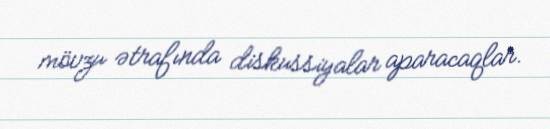
mövzu ətrafında diskussiyalar aparacaqlar.